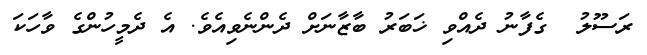
ރަސޫލު  ގެފާނު ދެއްވި ޚަބަރު ބާޒާނަށް ދެންނެވިއެވެ. އެ ދެމީހުންގެ ވާހަކަ